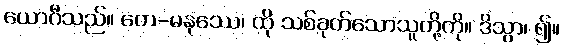
ယောဂီသည်။ တေ-မနုဿေ၊ ထို သစ်ခုတ်သောသူတို့ကို။ ဒိသွာ၊ ၍။